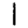
Digit: 1